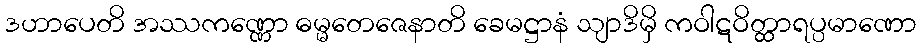
ဒဟာပေတိ အဿကဏ္ဏော ဓမ္မတေဇေနာတိ ခေမဋ္ဌာနံ သျာဒိမှိ ကဝါဋဝိတ္ထာရပ္ပမာဏော